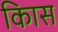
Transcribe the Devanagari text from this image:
किास